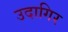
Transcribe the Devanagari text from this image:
उदागिर